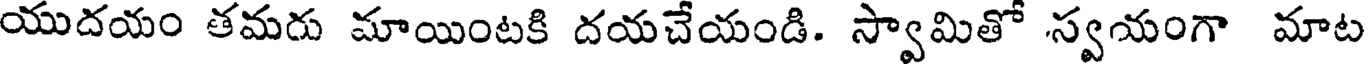
యుదయం తమరు మాయింటకి దయచేయండి. స్వామితో స్వయంగా మాట